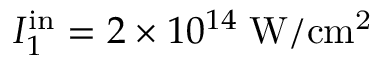
I _ { 1 } ^ { \mathrm { i n } } = 2 \times 1 0 ^ { 1 4 } \; \mathrm { W / c m ^ { 2 } }